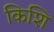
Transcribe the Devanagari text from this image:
किशि